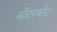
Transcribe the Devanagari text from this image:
मोटरबोट